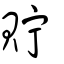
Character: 貯